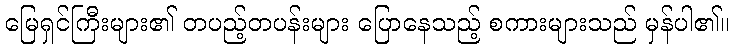
မြေရှင်ကြီးများ၏ တပည့်တပန်းများ ပြောနေသည့် စကားများသည် မှန်ပါ၏။